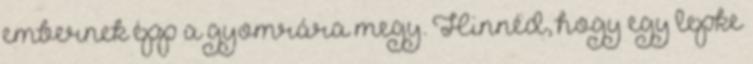
embernek épp a gyomrára megy. Hinnéd, hogy egy lepke